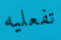
تفعليه